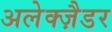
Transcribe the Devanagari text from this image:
अलेक्ज़ैडर